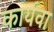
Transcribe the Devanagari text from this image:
कार्यवा